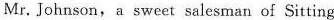
Mr.Johnson,a sweet salesman of Sitting